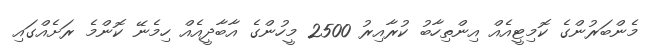
މެންބަރުންގެ ކޮމިޓީއެއް އިންތިހާބު ކުރާއިރު 2500 މީހުންގެ އާބާދީއެއް ހިމެނޭ ކޮންމެ ރަށެއްގައި